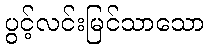
ပွင့်လင်းမြင်သာသော